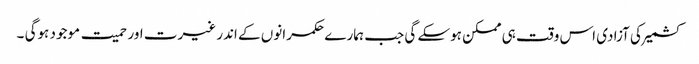
کشمیر کی آزادی اس وقت ہی ممکن ہوسکے گی جب ہمارے حکمرانوں کے اندر غیرت اور حمیت موجود ہوگی ۔